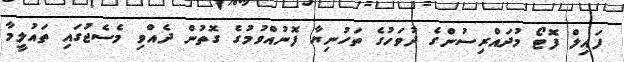
ފައިލް ފޮޓޯ މުދައްރިސުންގެ ދުވަހުގެ ތަހުނިޔާ ފޮނުއްވުމުގެ ގޮތުން ދެއްވި މެސެޖުގައި ތައުލީމާ